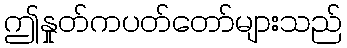
ဤနှုတ်ကပတ်တော်များသည်